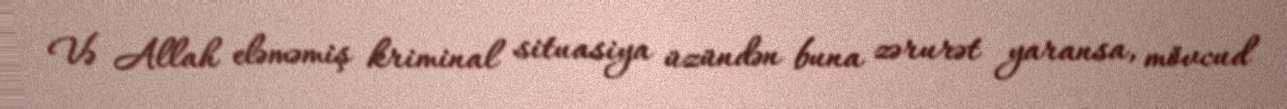
Və Allah eləməmiş kriminal situasiya üzündən buna zərurət yaransa, mövcud